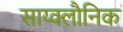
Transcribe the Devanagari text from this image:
साय्क्लौनिक